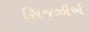
સિજઝીએ